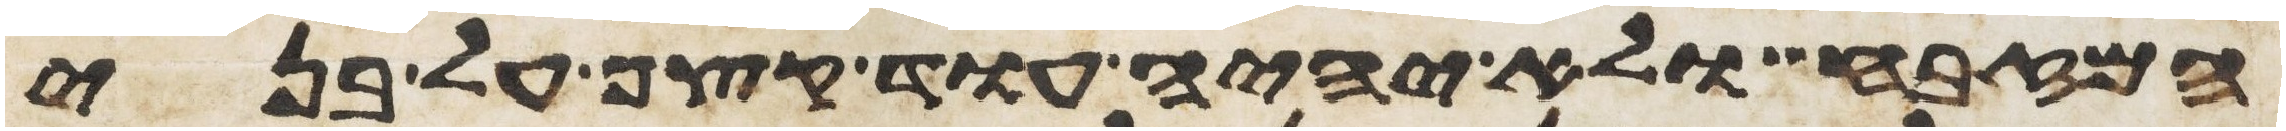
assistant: המזבח ולא יהיה עוד קצף על בני